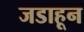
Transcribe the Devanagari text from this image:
जडाहून